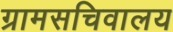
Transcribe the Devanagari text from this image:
ग्रामसचिवालय